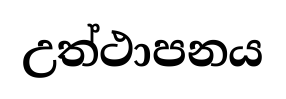
උත්ථාපනය